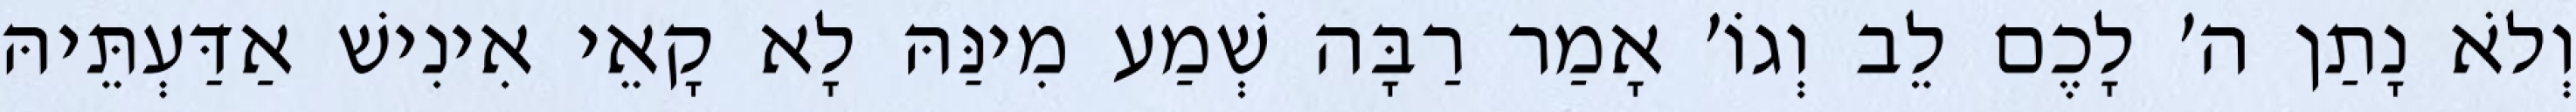
וְלֹא נָתַן ה׳ לָכֶם לֵב וְגוֹ׳ אָמַר רַבָּה שְׁמַע מִינַּהּ לָא קָאֵי אִינִישׁ אַדַּעְתֵּיהּ